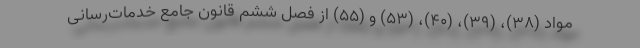
مواد (۳۸)، (۳۹)، (۴۰)، (۵۳) و (۵۵) از فصل ششم قانون جامع خدمات‌رسانی